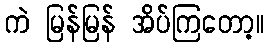
ကဲ မြန်မြန် အိပ်ကြတော့။